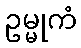
ဥမ္မုကံ